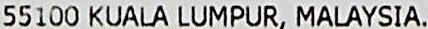
55100 KUALA LUMPUR, MALAYSIA.